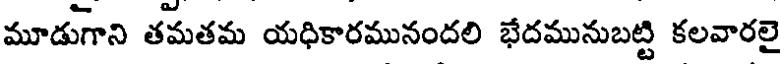
మూడుగాని తమతమ యధికారమునందలి భేదమునుబట్టి కలవారలై